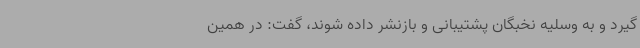
گیرد و به وسلیه نخبگان پشتیبانی و بازنشر داده شوند، گفت: در همین